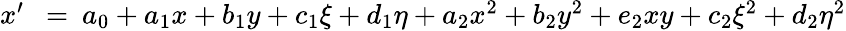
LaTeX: \begin{array}{rlr}{x^{\prime}}&{{}\! \! \! =}&{\! \! \! a_{0}+a_{1}x+b_{1}y+c_{1}\xi+d_{1}\eta+a_{2}x^{2}+b_{2}y^{2}+e_{2}xy+c_{2}\xi^{2}+d_{2}\eta^{2}}\end{array}